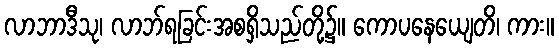
လာဘာဒီသု၊ လာဘ်ရခြင်းအစရှိသည်တို့၌။ ကောပနေယျေတိ၊ ကား။